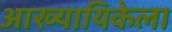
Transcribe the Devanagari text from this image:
आख्यायिकेला